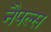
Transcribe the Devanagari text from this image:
नैपल्स